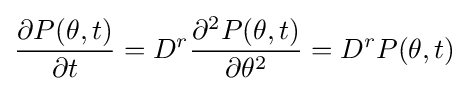
{\partial P(\theta ,t) \over \partial t}=D^{r}{\partial ^{2}P(\theta ,t) \over \partial \theta ^{2}}=D^{r}P(\theta ,t)